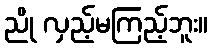
ညို လှည့်မကြည့်ဘူး။